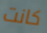
كانت